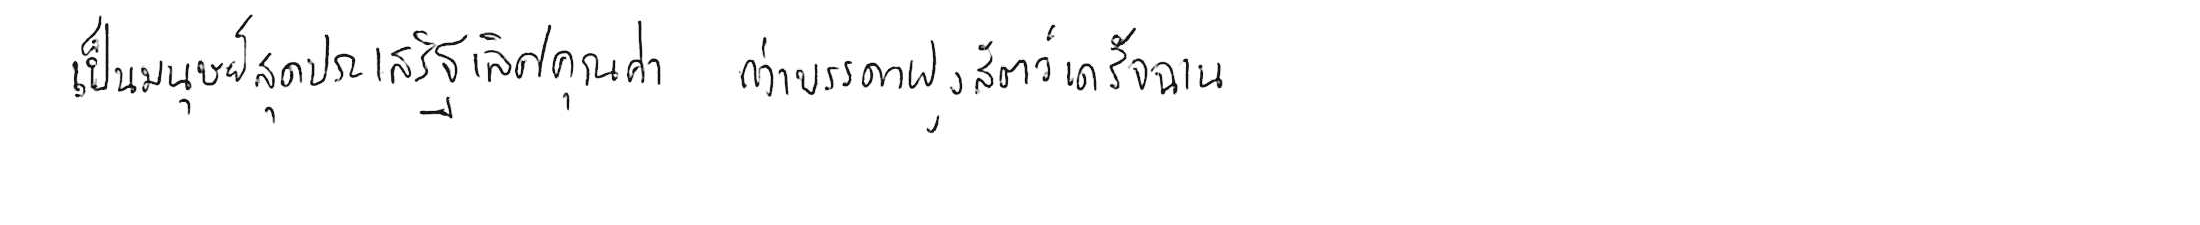
เป็นมนุษย์สุดประเสริฐเลิศคุณค่า กว่าบรรดาฝูงสัตว์เดรัจฉาน